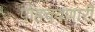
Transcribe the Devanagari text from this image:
पोहचवणारी